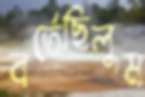
বর্তেছিলুম